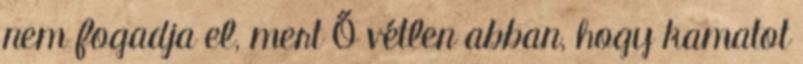
nem fogadja el, mert Ő vétlen abban, hogy kamatot